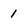
Character: 1